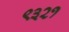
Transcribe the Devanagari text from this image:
९३२१